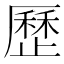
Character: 歷